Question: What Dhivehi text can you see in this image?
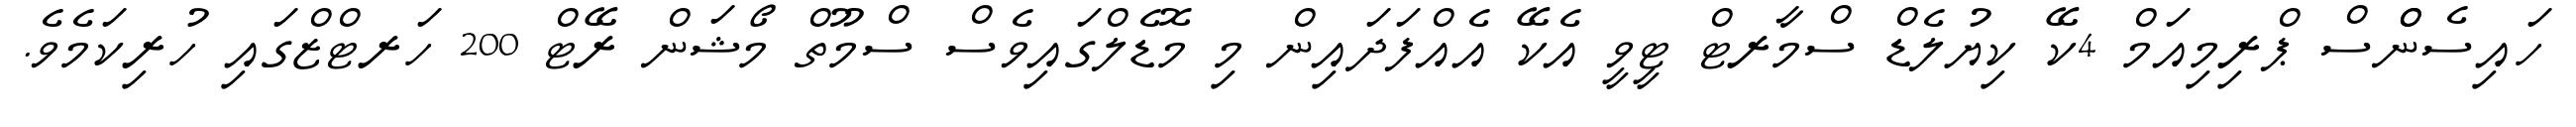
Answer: ހައިސެންްސް ޕްރިމިއަމް 4ކޭ ކިޔުލެޑް ސްމާރޓް ޓީވީ އެކޭ އެއްފަދައިން މި މޮޑެލްގައިވެސް ސްމޫތް މޯޝަން ރޭޓް 200 ހަރޓްޒްގައި ހުރިކަމެވެ.